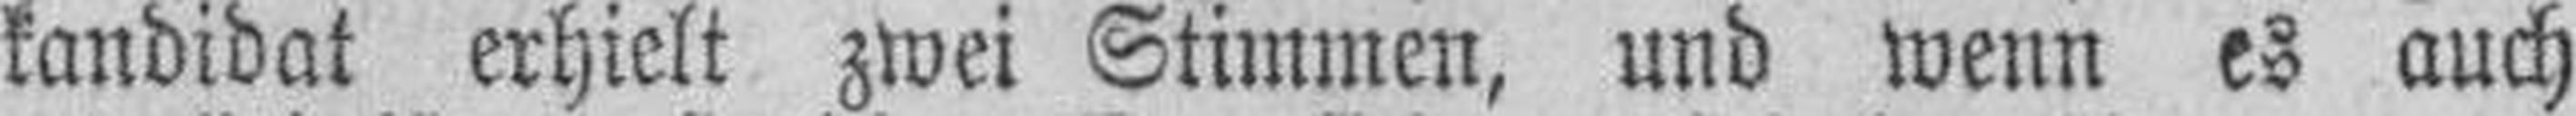
kandidat erhielt zwei Stimmen, und wenn es auch